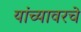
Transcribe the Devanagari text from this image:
यांच्यावरचे